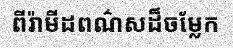
ពីរ៉ាមីដពណ៌សដ៏ចម្លែក